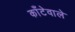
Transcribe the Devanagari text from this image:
काँटेवाले